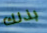
بذلك